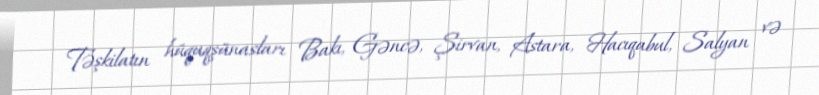
Təşkilatın hüquqşünasları Bakı, Gəncə, Şirvan, Astara, Hacıqabul, Salyan və